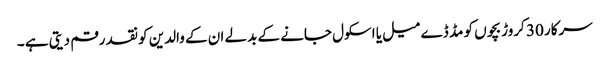
سرکار 30 کروڑ بچوں کو مڈ ڈے میل یا اسکول جانے کے بدلے ان کے والدین کو نقد رقم دیتی ہے ۔